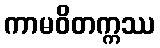
ကာမဝိတက္ကဿ